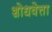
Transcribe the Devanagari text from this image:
शोधवेत्ता